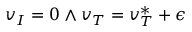
v _ { I } = 0 \land v _ { T } = v _ { T } ^ { * } + \epsilon